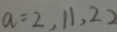
a = 2 , 1 1 , 2 2